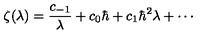
\zeta ( \lambda ) = \frac { c _ { - 1 } } { \lambda } + c _ { 0 } \hbar + c _ { 1 } \hbar ^ { 2 } \lambda + \cdots